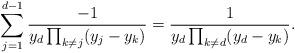
LaTeX: \begin{align*}\sum_{j=1}^{d-1} \frac{-1}{y_d \prod_{k \neq j} (y_j - y_k)} = \frac{1}{y_d \prod_{k \neq d} (y_d - y_k)} .\end{align*}